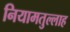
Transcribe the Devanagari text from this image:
नियामतुल्लाह